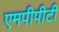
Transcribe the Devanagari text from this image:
एमपीपीटी